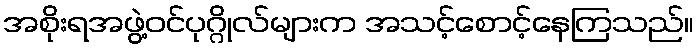
အစိုးရအဖွဲ့ဝင်ပုဂ္ဂိုလ်များက အသင့်စောင့်နေကြသည်။